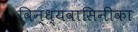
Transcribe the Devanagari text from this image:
विन्ध्यवासिनीका